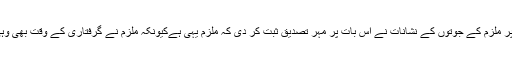
اس کے بعد جائے وقوعہ پر ملزم کے جوتوں کے نشانات نے اس بات پر مہر تصدیق ثبت کر دی کہ ملزم یہی ہےکیونکہ ملزم نے گرفتاری کے وقت بھی وہی جوتے پہن رکھے تھے۔